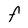
Character: F